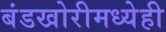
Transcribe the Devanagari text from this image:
बंडखोरीमध्येही